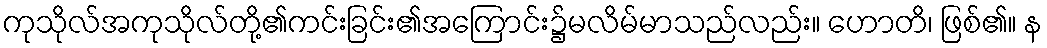
ကုသိုလ်အကုသိုလ်တို့၏ကင်းခြင်း၏အကြောင်း၌မလိမ်မာသည်လည်း။ ဟောတိ၊ ဖြစ်၏။ န